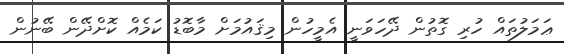
ޢަމަލުތައް ހުރި ގޮތުން ދޭހަވަނީ އެމީހުން މިޤައުމަށް މާބޮޑު ކަމެއް ކޮށްދޭން ބޭނުން